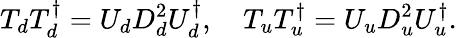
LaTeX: T_{d}T_{d}^{\dagger}=U_{d}D_{d}^{2}U_{d}^{\dagger},\quad T_{u}T_{u}^{\dagger}=U_{u}D_{u}^{2}U_{u}^{\dagger}.